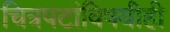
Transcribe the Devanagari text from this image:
चित्रपटांविषयीही